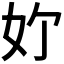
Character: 𪥥